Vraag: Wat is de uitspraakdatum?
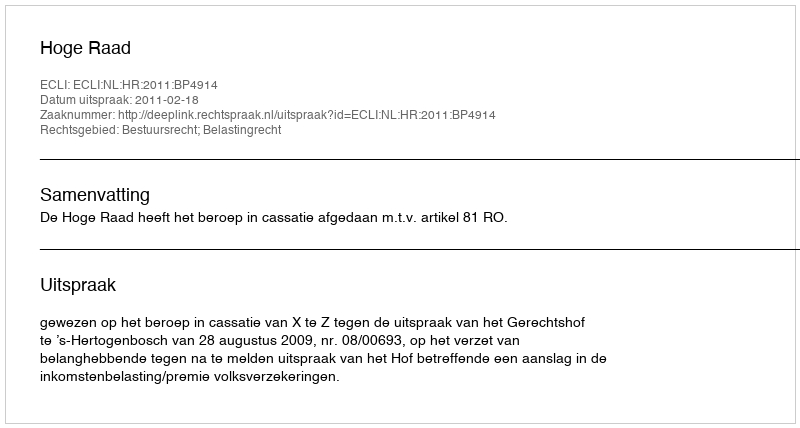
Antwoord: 2011-02-18